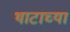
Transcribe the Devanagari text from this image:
थाटाच्या